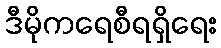
ဒီမိုကရေစီရရှိရေး